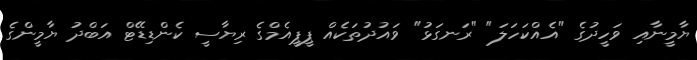
ޔާމީނާއި ވަހީދުގެ "އެއްކަހަލަ" "ރަނގަޅު" ވައުދުތަކެއް ޕީޕީއެމްގެ ރިޔާސީ ކެންޑިޑޭޓް އަބްދު ޔާމީންގެ